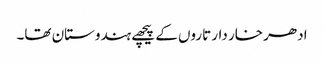
ادھر خار دار تاروں کے پیچھے ہندوستان تھا۔